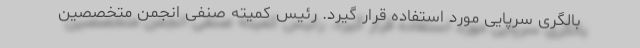
بالگری سرپایی مورد استفاده قرار گیرد. رئیس کمیته صنفی انجمن متخصصین